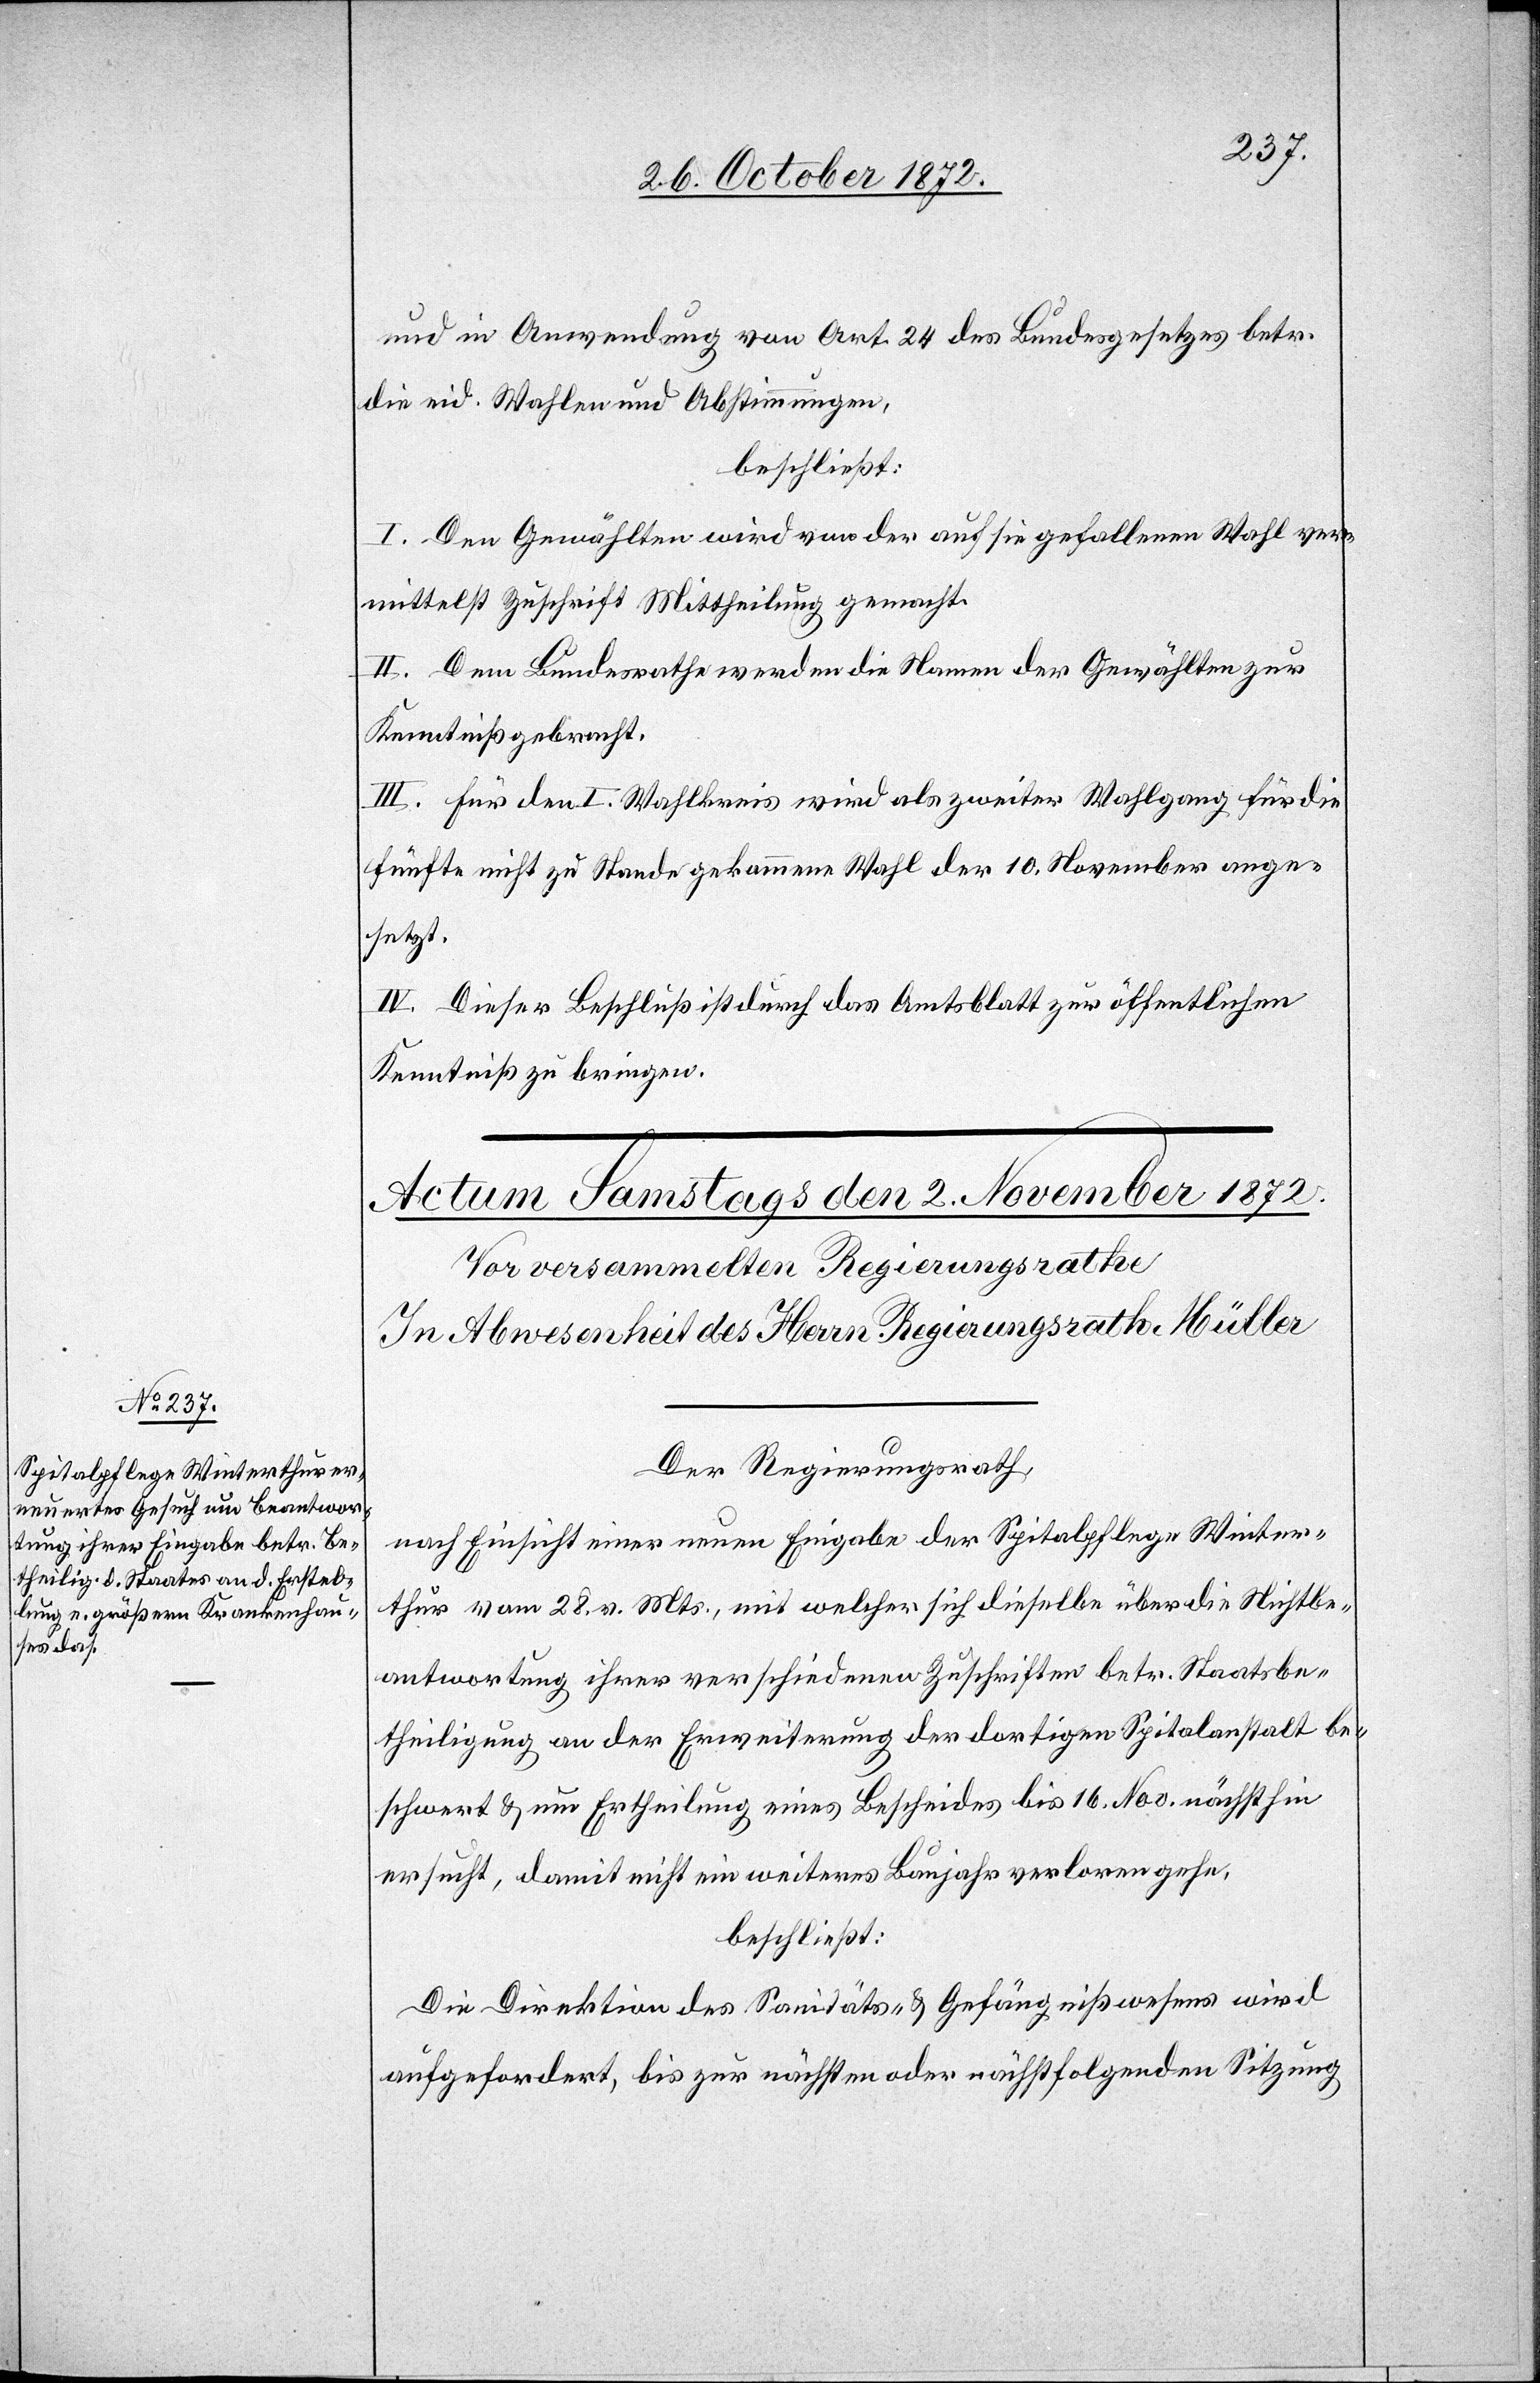
und in Anwendung von Art. 24 des Bundesgesetzes betr.
die eid. Wahlen und Abstimmungen,
beschließt:
I. Den Gewählten wird von der auf sie gefallenen Wahl ver¬
mittelst Zuschrift Mittheilung gemacht.
II. Dem Bundesrathe werden die Namen der Gewählten zur
Kenntniß gebracht.
III. Für den I. Wahlkreis wird als zweiter Wahlgang für die
fünfte nicht zu Stande gekommene Wahl der 10. November ange¬
setzt.
IV. Dieser Beschluß ist durch das Amtsblatt zur öffentlichen
Kenntniß zu bringen.
Der Regierungsrath,
nach Einsicht einer neuen Eingabe der Spitalpflege Winter¬
thur vom 28. v. Mts., mit welcher sich dieselbe über die Nichtbe¬
antwortung ihrer verschiedenen Zuschriften betr. Staatsbe¬
theiligung an der Erweiterung der dortigen Spitalanstalt be¬
schwert u. um Ertheilung eines Bescheides bis 16. Nov. nächsthin
ersucht, damit nicht ein weiteres Baujahr verloren gehe.
beschließt:
Die Direktion des Sanitäts- u. Gefängnißwesens wird
aufgefordert, bis zur nächsten oder nächstfolgenden Sitzung